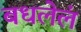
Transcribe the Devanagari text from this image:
बधलेलं